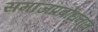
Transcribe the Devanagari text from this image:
समाजप्रबोधनात